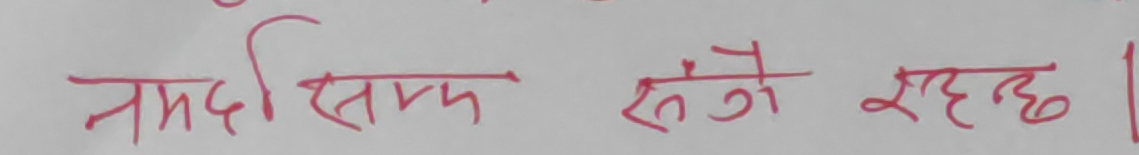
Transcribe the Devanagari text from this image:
नमदि सिम्म संगे रहछ ।